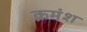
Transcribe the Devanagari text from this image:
क्रमंश